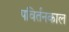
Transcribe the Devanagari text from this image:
पविर्तनकाल